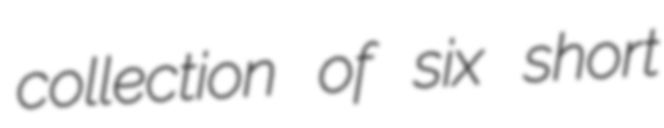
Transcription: collection of six short